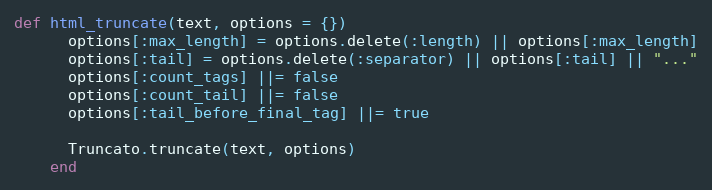
Language: Ruby
def html_truncate(text, options = {})
      options[:max_length] = options.delete(:length) || options[:max_length]
      options[:tail] = options.delete(:separator) || options[:tail] || "..."
      options[:count_tags] ||= false
      options[:count_tail] ||= false
      options[:tail_before_final_tag] ||= true

      Truncato.truncate(text, options)
    end